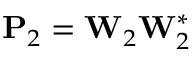
\mathbf { P } _ { 2 } = \mathbf { W } _ { 2 } \mathbf { W } _ { 2 } ^ { * }